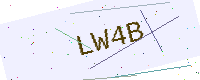
Text: LW4B